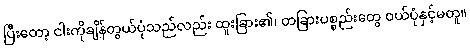
ပြီးတော့ ငါးကိုချိန်တွယ်ပုံသည်လည်း ထူးခြား၏၊ တခြားပစ္စည်းတွေ ဝယ်ပုံနှင့်မတူ။